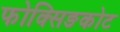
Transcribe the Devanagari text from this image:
फोक्सिङकोट